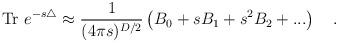
LaTeX: \begin{align*}\mbox{Tr}~e^{-s\triangle}\approx{1 \over (4\pi s)^{D/2}}\left(B_0+sB_1+s^2 B_2+...\right)~~~.\end{align*}